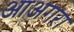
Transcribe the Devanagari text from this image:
आअगरा